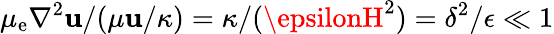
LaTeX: \mu_{\mathrm{e}}\nabla^{2}\mathbf{{u}}/(\mu\mathbf{{u}}/\kappa)=\kappa/(\epsilonH^{2})=\delta^{2}/\epsilon\ll1